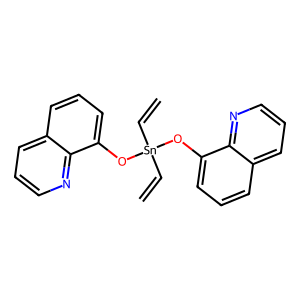
SMILES: C=C[Sn](C=C)(Oc1cccc2cccnc12)Oc1cccc2cccnc12
Inhibits HIV replication: No